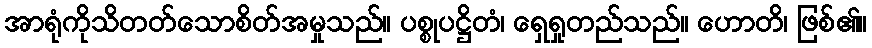
အာရုံကိုသိတတ်သောစိတ်အမှုသည်။ ပစ္စုပဋ္ဌိတံ၊ ရှေရှုတည်သည်။ ဟောတိ၊ ဖြစ်၏။